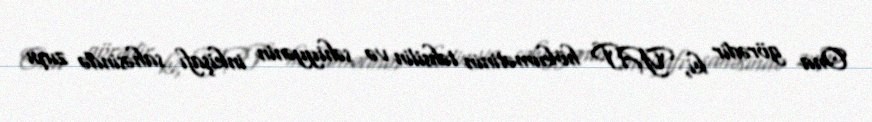
Ona görədir ki, YAP hökumətinin təhsilin və səhiyyənin inkişafı sahəsində zırpı